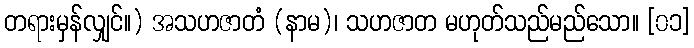
တရားမှန်လျှင်။) အသဟဇာတံ (နာမ)၊ သဟဇာတ မဟုတ်သည်မည်သော။ [၀၁]